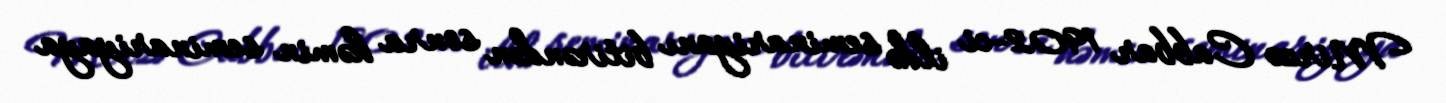
Mirzə Cabbar 1902-ci ildə seminariyanı bitirəndən sonra həmin seminariyaya